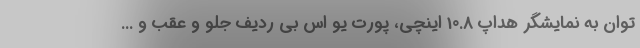
توان به نمایشگر هداپ 10.8 اینچی، پورت یو اس بی ردیف جلو و عقب و ...